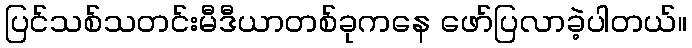
ပြင်သစ်သတင်းမီဒီယာတစ်ခုကနေ ဖော်ပြလာခဲ့ပါတယ်။